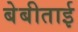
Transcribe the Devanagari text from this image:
बेबीताई